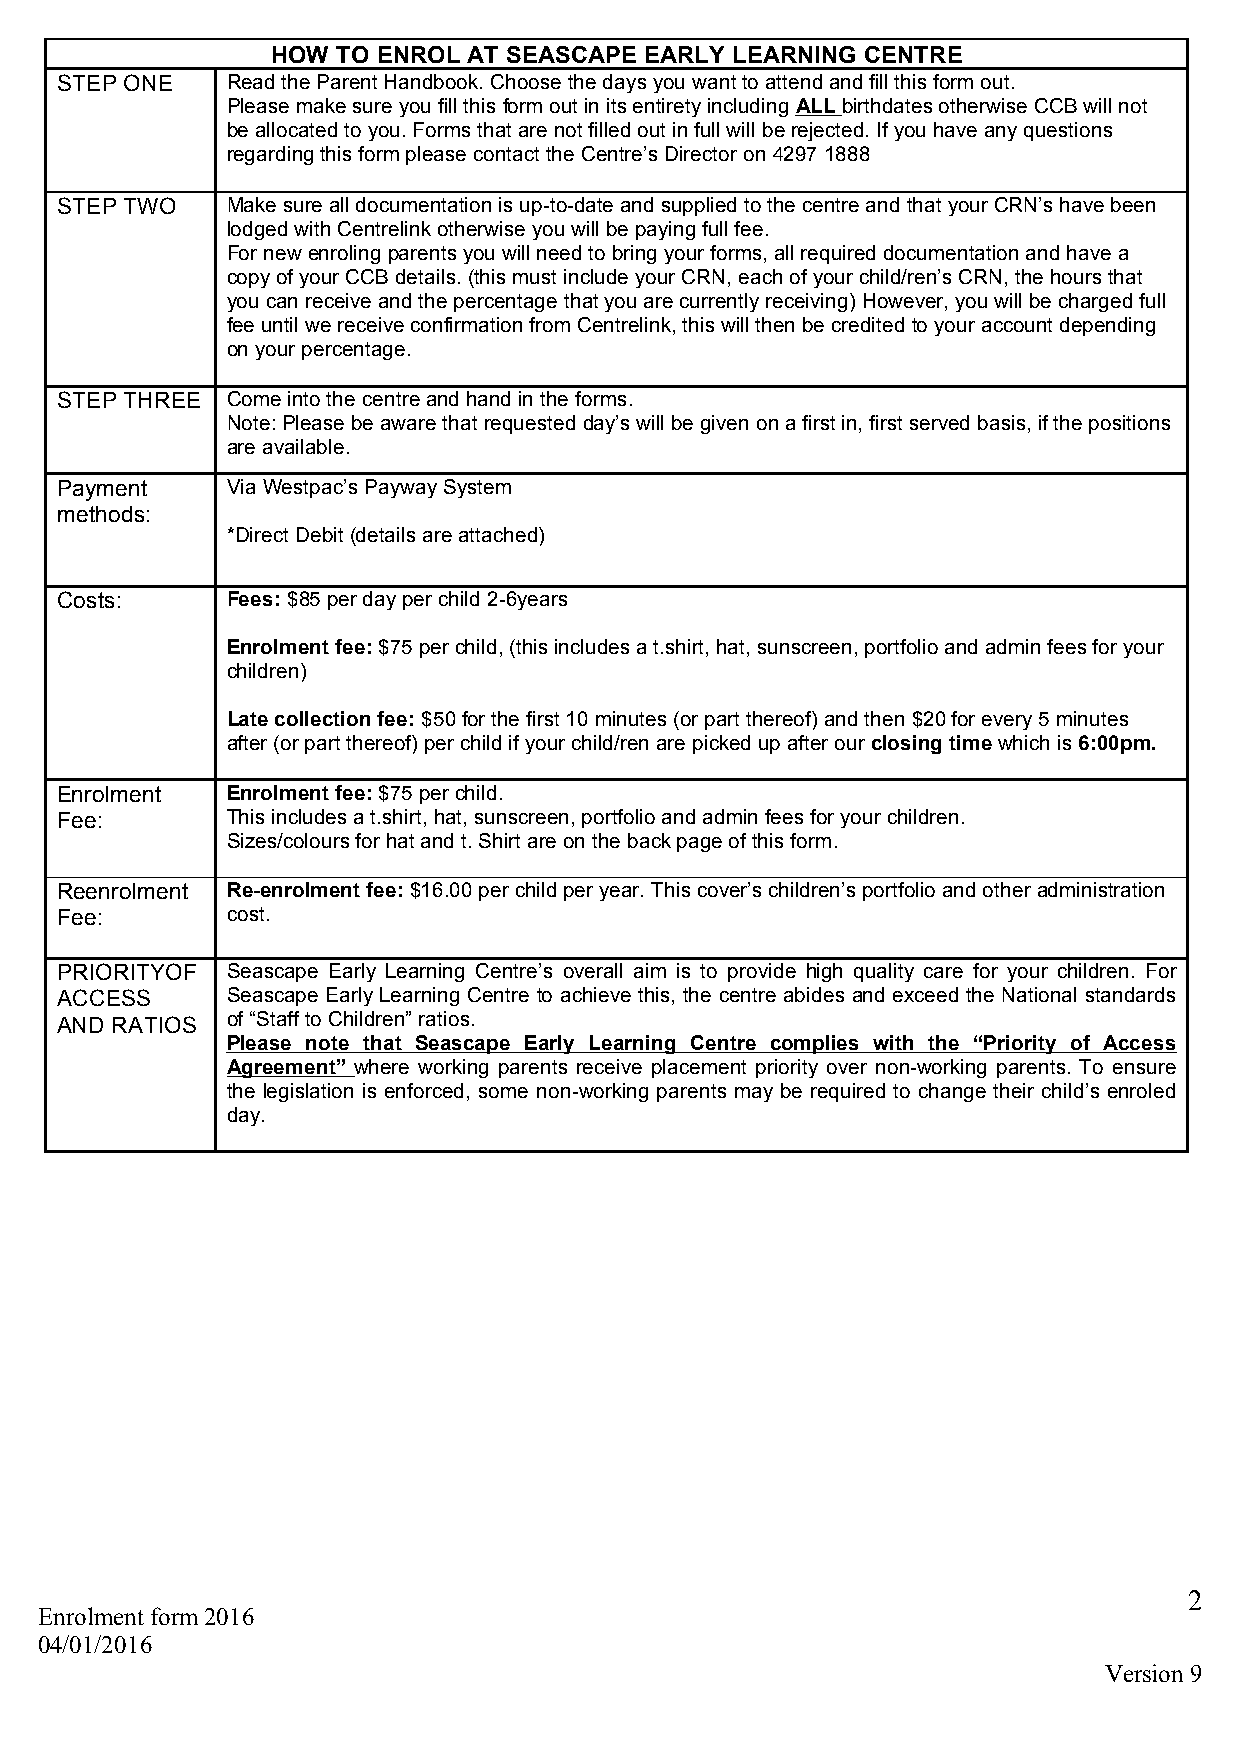
HOW TO ENROL AT SEASCAPE EARLY LEARNING CENTRE
 STEP ONE   Read the Parent Handbook. Choose the days you want to attend and fill this form out.
 Please make sure you fill this form out in its entirety including ALL birthdates otherwise CCB will not
 be allocated to you. Forms that are not filled out in full will be rejected. If you have any questions
 regarding this form please contact the Centre’s Director on 4297 1888
 STEP TWO   Make sure all documentation is up-to-date and supplied to the centre and that your CRN’s have been
 lodged with Centrelink otherwise you will be paying full fee.
 For new enroling parents you will need to bring your forms, all required documentation and have a
 copy of your CCB details. (this must include your CRN, each of your child/ren’s CRN, the hours that
 you can receive and the percentage that you are currently receiving) However, you will be charged full
 fee until we receive confirmation from Centrelink, this will then be credited to your account depending
 on your percentage.
 STEP THREE Come into the centre and hand in the forms.
 Note: Please be aware that requested day’s will be given on a first in, first served basis, if the positions
 are available.
 Payment    Via Westpac’s Payway System
 methods:
 *Direct Debit (details are attached)
 Costs:     Fees: $85 per day per child 2-6years
 Enrolment fee: $75 per child, (this includes a t.shirt, hat, sunscreen, portfolio and admin fees for your
 children)
 Late collection fee: $50 for the first 10 minutes (or part thereof) and then $20 for every 5 minutes
 after (or part thereof) per child if your child/ren are picked up after our closing time which is 6:00pm.
 Enrolment  Enrolment fee: $75 per child.
 Fee:       This includes a t.shirt, hat, sunscreen, portfolio and admin fees for your children.
 Sizes/colours for hat and t. Shirt are on the back page of this form.
 Reenrolment Re-enrolment fee: $16.00 per child per year. This cover’s children’s portfolio and other administration
 Fee:       cost.
 PRIORITYOF Seascape Early Learning Centre’s overall aim is to provide high quality care for your children. For
 ACCESS     Seascape Early Learning Centre to achieve this, the centre abides and exceed the National standards
 AND RATIOS of “Staff to Children” ratios.
 Please note that Seascape Early Learning Centre complies with the “Priority of Access
 Agreement” where working parents receive placement priority over non-working parents. To ensure
 the legislation is enforced, some non-working parents may be required to change their child’s enroled
 day.
 2
 Enrolment form 2016
 04/01/2016
 Version 9